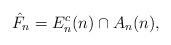
LaTeX: \begin{align*}\hat{F}_n = E_{n}^c(n) \cap A_n(n),\end{align*}